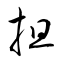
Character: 担